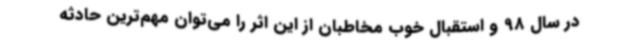
در سال 98 و استقبال خوب مخاطبان از این اثر را می‌توان مهم‌ترین حادثه